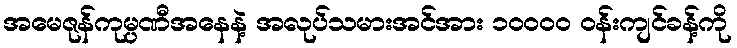
အမေဇုန်ကုမ္ပဏီအနေနဲ့ အလုပ်သမားအင်အား ၁၀၀၀၀ ဝန်းကျင်ခန့်ကို